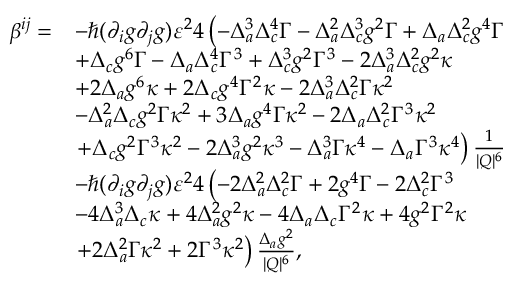
\begin{array} { r l } { \beta ^ { i j } = } & { - \hbar ( \partial _ { i } g \partial _ { j } g ) \varepsilon ^ { 2 } 4 \left( - \Delta _ { a } ^ { 3 } \Delta _ { c } ^ { 4 } \Gamma - \Delta _ { a } ^ { 2 } \Delta _ { c } ^ { 3 } g ^ { 2 } \Gamma + \Delta _ { a } \Delta _ { c } ^ { 2 } g ^ { 4 } \Gamma \right. } \\ & { + \Delta _ { c } g ^ { 6 } \Gamma - \Delta _ { a } \Delta _ { c } ^ { 4 } \Gamma ^ { 3 } + \Delta _ { c } ^ { 3 } g ^ { 2 } \Gamma ^ { 3 } - 2 \Delta _ { a } ^ { 3 } \Delta _ { c } ^ { 2 } g ^ { 2 } \kappa } \\ & { + 2 \Delta _ { a } g ^ { 6 } \kappa + 2 \Delta _ { c } g ^ { 4 } \Gamma ^ { 2 } \kappa - 2 \Delta _ { a } ^ { 3 } \Delta _ { c } ^ { 2 } \Gamma \kappa ^ { 2 } } \\ & { - \Delta _ { a } ^ { 2 } \Delta _ { c } g ^ { 2 } \Gamma \kappa ^ { 2 } + 3 \Delta _ { a } g ^ { 4 } \Gamma \kappa ^ { 2 } - 2 \Delta _ { a } \Delta _ { c } ^ { 2 } \Gamma ^ { 3 } \kappa ^ { 2 } } \\ & { \left. + \Delta _ { c } g ^ { 2 } \Gamma ^ { 3 } \kappa ^ { 2 } - 2 \Delta _ { a } ^ { 3 } g ^ { 2 } \kappa ^ { 3 } - \Delta _ { a } ^ { 3 } \Gamma \kappa ^ { 4 } - \Delta _ { a } \Gamma ^ { 3 } \kappa ^ { 4 } \right) \frac { 1 } { | Q | ^ { 6 } } } \\ & { - \hbar ( \partial _ { i } g \partial _ { j } g ) \varepsilon ^ { 2 } 4 \left( - 2 \Delta _ { a } ^ { 2 } \Delta _ { c } ^ { 2 } \Gamma + 2 g ^ { 4 } \Gamma - 2 \Delta _ { c } ^ { 2 } \Gamma ^ { 3 } \right. } \\ & { - 4 \Delta _ { a } ^ { 3 } \Delta _ { c } \kappa + 4 \Delta _ { a } ^ { 2 } g ^ { 2 } \kappa - 4 \Delta _ { a } \Delta _ { c } \Gamma ^ { 2 } \kappa + 4 g ^ { 2 } \Gamma ^ { 2 } \kappa } \\ & { \left. + 2 \Delta _ { a } ^ { 2 } \Gamma \kappa ^ { 2 } + 2 \Gamma ^ { 3 } \kappa ^ { 2 } \right) \frac { \Delta _ { a } g ^ { 2 } } { | Q | ^ { 6 } } , } \end{array}